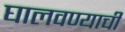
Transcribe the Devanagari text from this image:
घालवण्याची